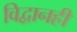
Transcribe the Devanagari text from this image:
विद्वानही